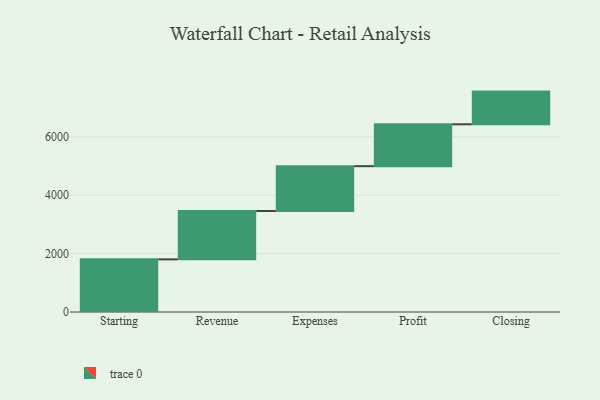
{"axis": {"x": "Step", "y": "Value"}, "legend": [""], "data": [{"x": "Starting", "y": 1803.0, "type": ""}, {"x": "Revenue", "y": 1656.0, "type": ""}, {"x": "Expenses", "y": 1537.0, "type": ""}, {"x": "Profit", "y": 1434.0, "type": ""}, {"x": "Closing", "y": 1120.0, "type": ""}]}